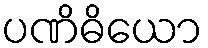
ပဏိဓိယော